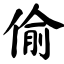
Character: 偷